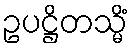
ဥပဋ္ဌိတသ္မိံ